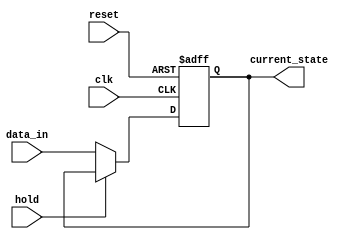
module hold_condition (
    input wire clk,                // Clock signal
    input wire reset,              // Reset signal
    input wire hold,               // Control signal to hold the current state
    input wire [7:0] data_in,      // Data inputs (8-bit for example)
    output reg [7:0] current_state  // Current state output (8-bit)
);

// Internal state variable
reg [7:0] next_state;

// Always block for state management
always @(posedge clk or posedge reset) begin
    if (reset) begin
        // Reset the current state to a known value (e.g., 0)
        current_state <= 8'b0;
    end else if (hold) begin
        // Hold the current state
        current_state <= current_state; // No change
    end else begin
        // Update the current state with new data inputs
        current_state <= data_in;
    end
end

endmodule